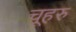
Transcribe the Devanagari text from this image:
चूहरु